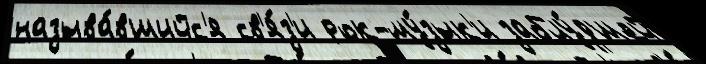
называ́вшийс'я св'я́з'и рок-му́зык'и заблу́дшей